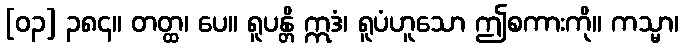
[၀၃] ၃၈၄။ တတ္ထ၊ ပေ။ ရူပန္တိ ဣဒံ၊ ရူပံဟူသော ဤစကားကို။ ကသ္မာ၊